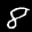
Label: 8